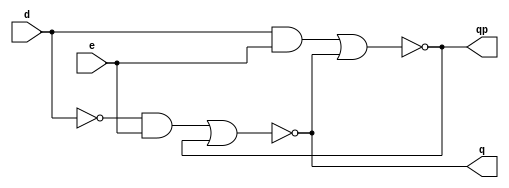
`timescale 1ns / 1ps

module DFF(
    input d, e,
    output q, qp
    );
    
    assign q = ~((~d & e) | qp);
    assign qp = ~((d & e) | q);
    
endmodule